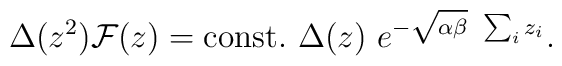
\Delta(z^2){\cal F}(z)={\rm const.}~\Delta(z)~e^{-\sqrt{\alpha\beta}~\sum_iz_i}.